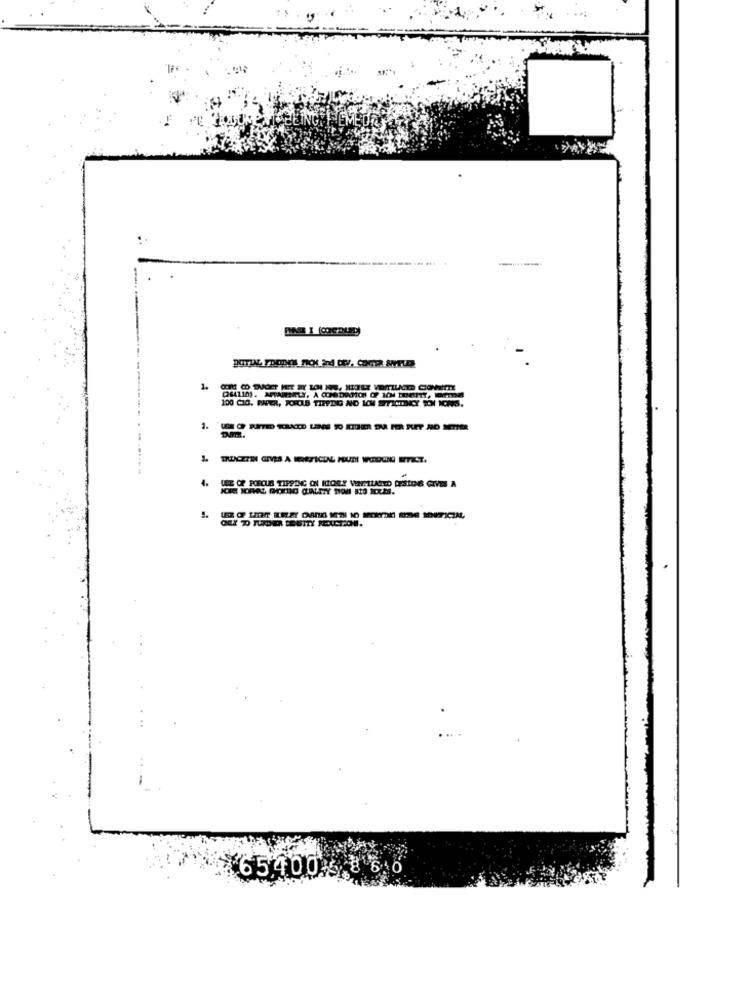
..
100 CIO. PAPER, FORCES TIPPING NO IM EFFICIDIKY TON MORIS.
4.
USE OF PORCUE TIPPING ON HIORY VartLATED DESIONS GIVES A
65400.5%